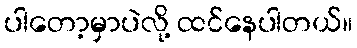
ပါတော့မှာပဲလို့ ထင်နေပါတယ်။